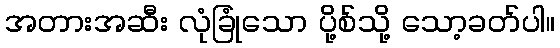
အတားအဆီး လုံခြုံသော ပို့စ်သို့ သော့ခတ်ပါ။